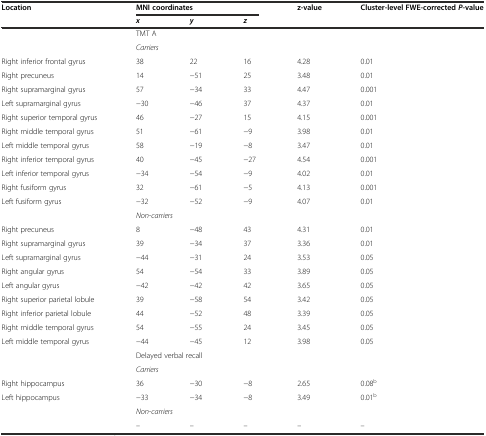
<table><thead><tr><td><b>Location</b></td><td colspan="3"><b>MNI coordinates</b></td><td><b>z-value</b></td><td><b>Cluster-level FWE-corrected<i>P</i>-value</b></td></tr><tr><td></td><td><b><i>x</i></b></td><td><b><i>y</i></b></td><td><b><i>z</i></b></td><td></td><td></td></tr></thead><tbody><tr><td></td><td colspan="5">TMT A</td></tr><tr><td></td><td colspan="5"><i>Carriers</i></td></tr><tr><td>Right inferior frontal gyrus</td><td>38</td><td>22</td><td>16</td><td>4.28</td><td>0.01</td></tr><tr><td>Right precuneus</td><td>14</td><td>−51</td><td>25</td><td>3.48</td><td>0.01</td></tr><tr><td>Right supramarginal gyrus</td><td>57</td><td>−34</td><td>33</td><td>4.47</td><td>0.001</td></tr><tr><td>Left supramarginal gyrus</td><td>−30</td><td>−46</td><td>37</td><td>4.37</td><td>0.01</td></tr><tr><td>Right superior temporal gyrus</td><td>46</td><td>−27</td><td>15</td><td>4.15</td><td>0.001</td></tr><tr><td>Right middle temporal gyrus</td><td>51</td><td>−61</td><td>−9</td><td>3.98</td><td>0.01</td></tr><tr><td>Left middle temporal gyrus</td><td>58</td><td>−19</td><td>−8</td><td>3.47</td><td>0.01</td></tr><tr><td>Right inferior temporal gyrus</td><td>40</td><td>−45</td><td>−27</td><td>4.54</td><td>0.001</td></tr><tr><td>Left inferior temporal gyrus</td><td>−34</td><td>−54</td><td>−9</td><td>4.02</td><td>0.01</td></tr><tr><td>Right fusiform gyrus</td><td>32</td><td>−61</td><td>−5</td><td>4.13</td><td>0.001</td></tr><tr><td>Left fusiform gyrus</td><td>−32</td><td>−52</td><td>−9</td><td>4.07</td><td>0.01</td></tr><tr><td></td><td colspan="5"><i>Non-carriers</i></td></tr><tr><td>Right precuneus</td><td>8</td><td>−48</td><td>43</td><td>4.31</td><td>0.01</td></tr><tr><td>Right supramarginal gyrus</td><td>39</td><td>−34</td><td>37</td><td>3.36</td><td>0.01</td></tr><tr><td>Left supramarginal gyrus</td><td>−44</td><td>−31</td><td>24</td><td>3.53</td><td>0.05</td></tr><tr><td>Right angular gyrus</td><td>54</td><td>−54</td><td>33</td><td>3.89</td><td>0.05</td></tr><tr><td>Left angular gyrus</td><td>−42</td><td>−42</td><td>42</td><td>3.65</td><td>0.05</td></tr><tr><td>Right superior parietal lobule</td><td>39</td><td>−58</td><td>54</td><td>3.42</td><td>0.05</td></tr><tr><td>Right inferior parietal lobule</td><td>44</td><td>−52</td><td>48</td><td>3.39</td><td>0.05</td></tr><tr><td>Right middle temporal gyrus</td><td>54</td><td>−55</td><td>24</td><td>3.45</td><td>0.05</td></tr><tr><td>Left middle temporal gyrus</td><td>−44</td><td>−45</td><td>12</td><td>3.98</td><td>0.05</td></tr><tr><td></td><td colspan="5">Delayed verbal recall</td></tr><tr><td></td><td colspan="5"><i>Carriers</i></td></tr><tr><td>Right hippocampus</td><td>36</td><td>−30</td><td>−8</td><td>2.65</td><td>0.08<sup>b</sup></td></tr><tr><td>Left hippocampus</td><td>−33</td><td>−34</td><td>−8</td><td>3.49</td><td>0.01<sup>b</sup></td></tr><tr><td></td><td colspan="5"><i>Non-carriers</i></td></tr><tr><td></td><td>–</td><td>–</td><td>–</td><td>–</td><td>–</td></tr></tbody></table>